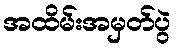
အထိမ်းအမှတ်ပွဲ